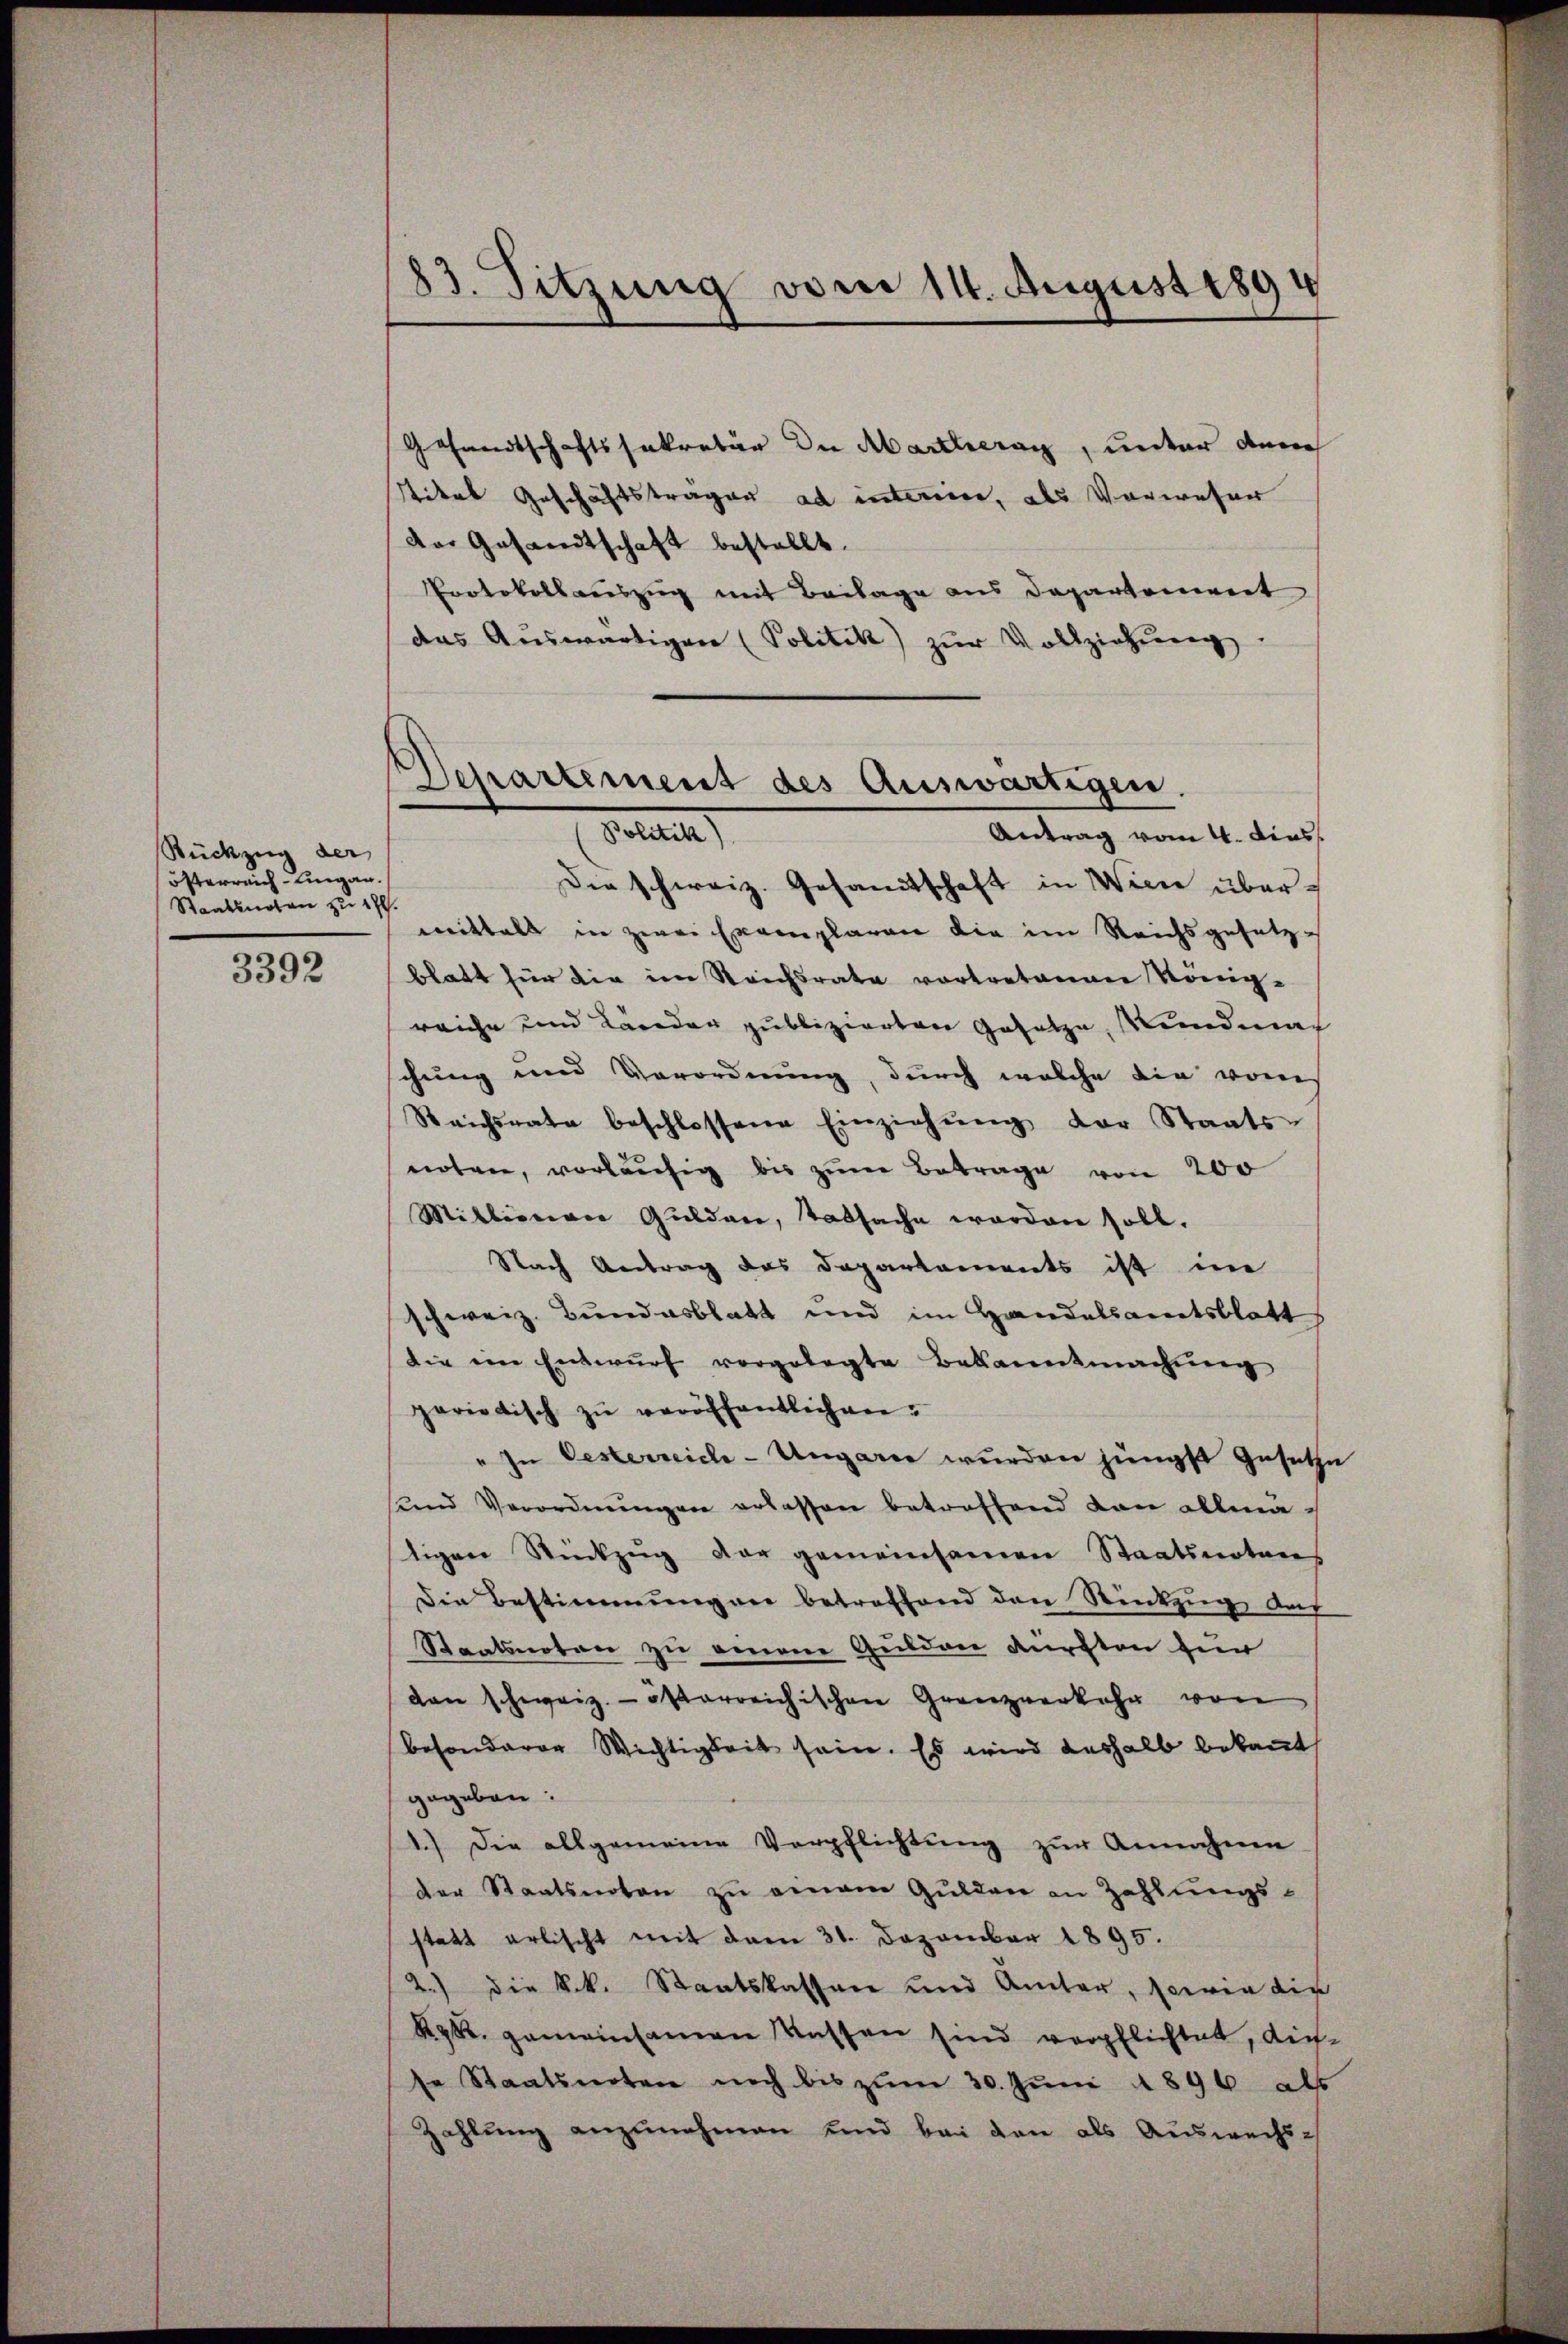
Rückzug der
österreich Eingan
Staatsnoten zu 4 pl.
3392

83. Sitzung vom 14. August 1894

Gesandtschaftssekretär die Marthieran, unter den
titel Geschäftstragen ad interie, als Verweser
der Gesandtschaft bestellt.
Protokollauszug mit Beilage aus Departement
das Aŭswärtigen (Politik) zŭr Vollziehŭng.
Antrag vom 4. Dies
Die schweiz. Gesamtschaft in Wien übermittals in zwei Exemplaren die im Reichsgesetzes
blatt für die im Reichsrate vortretenen Königreiche und Länder publizierten Gesetze, Kundmal
chung und Verordnung, durch welche die vom
Reichsrate beschlossene Einziehŭng der Staats-
noten, vorläufig bis zum Betrage von 200
Millionen Guldare, tatsache worden soll.
Nach Antrag des Departaments ist im
schweiz. Bundesblatt und im Handelsamtsblatt
die ein Entwŭrf vorgelegte Bekanntmachŭng
pariatisch zŭ veröffentlich ver¬
" In Oesterreich-Ungarie wurden jüngst gesetze
sund Verordnŭngen erlassen betreffend dan allma
tigen Rückzug der gemeinsamen Staatsnotens
Die Bestimmungen betreffend den Rückzug auf
Staatsnoten zu einem Gulden dürften für
dan schweiz. österreichischen Grenzverkehr von
besonderer Wichtigkeit sein. Es wird deshalb bekannt
gegeben:
1.) Die allgemeine Verpflichtŭng zŭr Annahme
der Staatsnoten zu einem Gulden an Zahlungs-
statt erlischt mit dem 31. Dezember 1895.
2.) die k.k. Staatskassen und Ämter, sowie die
RR. gemeinsamen Kassen sind verpflichtet, dies-
se Staatsnoten noch bis zŭm 30. Jŭni 1896 als
Zahlung anzunehmen und bei den als Auswechs¬

Departement des Auswärtigen.
Fellen